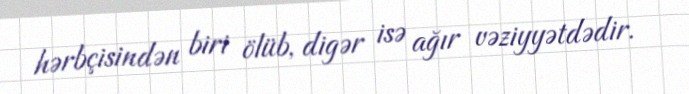
hərbçisindən biri ölüb, digər isə ağır vəziyyətdədir.